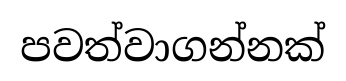
පවත්වාගන්නක්